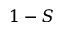
1 - S